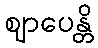
ဈာပေန္တိ